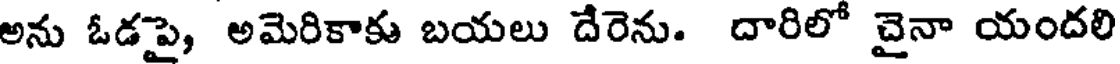
అను ఓడపై, అమెరికాకు బయలు దేరెను. దారిలో చైనా యందలి